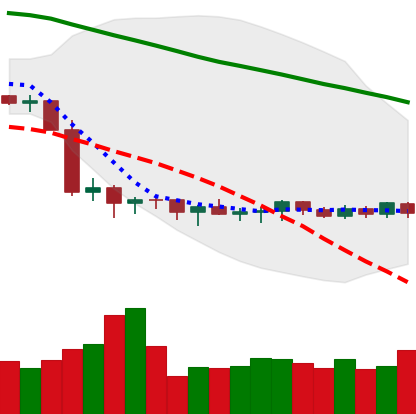
Ticker: XMR-USD
Chart end date: 2019-10-10
Forward return: -6.725%
Label: down_5_7